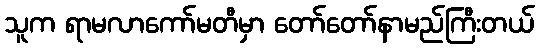
သူက ရာမလာကော်မတီမှာ တော်တော်နာမည်ကြီးတယ်